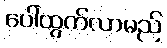
ပေါ်ထွက်လာမည်